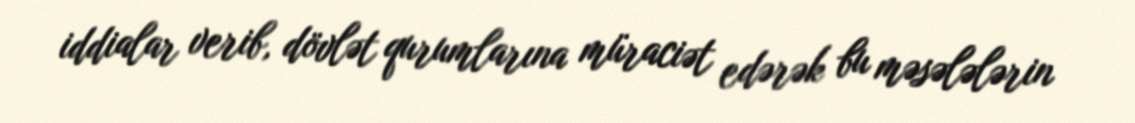
iddialar verib, dövlət qurumlarına müraciət edərək bu məsələlərin